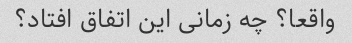
واقعا؟ چه زمانی این اتفاق افتاد؟